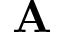
\mathbf { A }